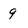
Character: 9